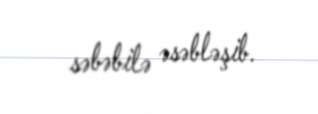
səbəbilə əsəbləşib.